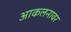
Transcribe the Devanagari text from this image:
आकलनावर